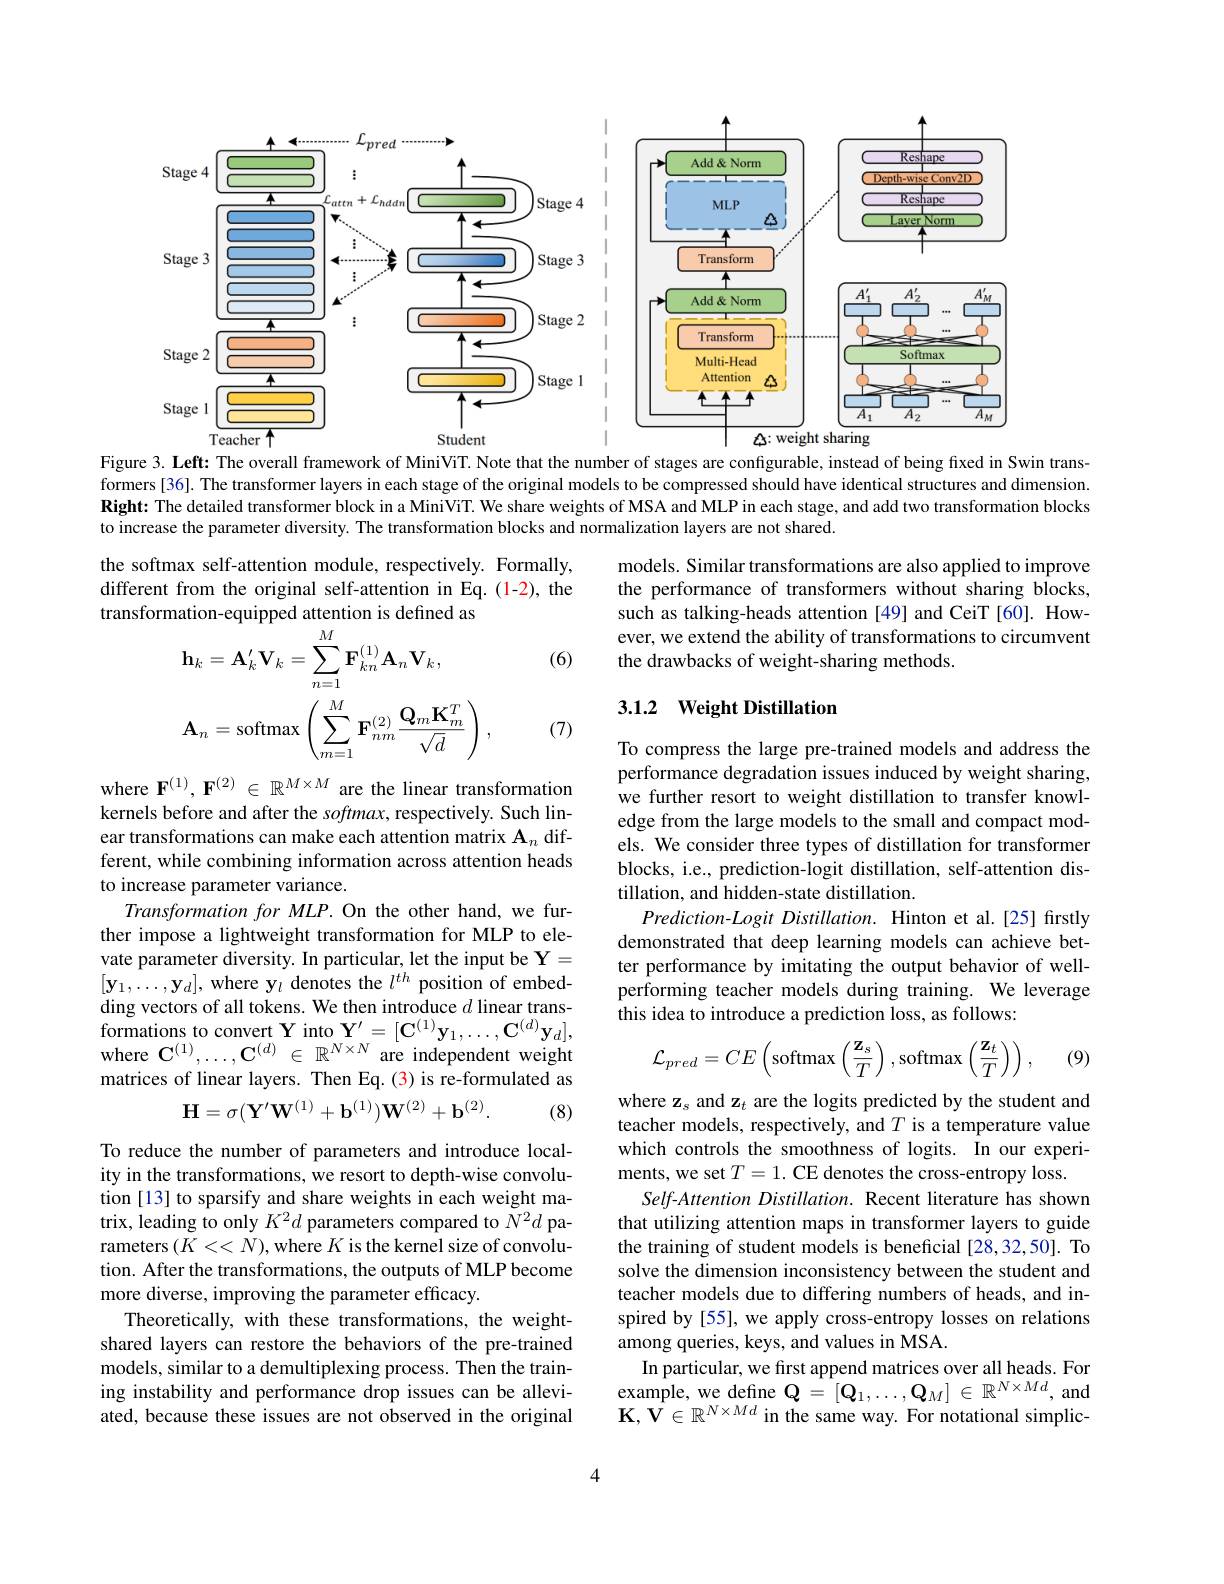
<FigureHere>
Figure 3. Left: The overall framework of MiniViT. Note that the number of stages are configurable, instead of being fixed in Swin trans-

formers[36]. The transformer layers in each stage of the original models to be compressed should have identical structures and dimension. Right: The detailed transformer block in a MiniViT. We share weights of MSA and MLP in each stage, and add two transformation blocks to increase the parameter diversity. The transformation blocks and normalization layers are not shared.

the softmax self-attention module, respectively. Formally, different from the original self-attention in Eq.(1-2), the transformation-equipped attention is defined as

models. Similar transformations are also applied to improve the performance of transformers without sharing blocks, such as talking-heads attention [49] and CeiT [60]. However, we extend the ability of transformations to circumvent the drawbacks of weight-sharing methods.

(6)
$$\begin{aligned}&\mathbf{h}_{k}=\mathbf{A}_{k}^{\prime}\mathbf{V}_{k}=\sum_{n=1}^{M}\mathbf{F}_{kn}^{(1)}\mathbf{A}_{n}\mathbf{V}_{k},\\&\mathbf{A}_{n}=\mathrm{softmax}\left(\sum_{m=1}^{M}\mathbf{F}_{nm}^{(2)}\frac{\mathbf{Q}_{m}\mathbf{K}_{m}^{T}}{\sqrt{d}}\right),\end{aligned}$$
### 3.1.2 Weight Distillation

(7)

To compress the large pre-trained models and address the performance degradation issues induced by weight sharing, we further resort to weight distillation to transfer knowledge from the large models to the small and compact models. We consider three types of distillation for transformer blocks, i.e., prediction-logit distillation, self-attention distillation, and hidden-state distillation.
Prediction-Logit Distillation. Hinton et al.[25] firstly demonstrated that deep learning models can achieve better performance by imitating the output behavior of wellperforming teacher models during training. We leverage this idea to introduce a prediction loss, as follows:

where $\mathbf{F}^{(1)},\mathbf{F}^{(2)}\in\mathbb{R}^{M\times M}$ are the linear transformation kernels before and after the s$oftmax$, respectively. Such linear transformations can make each attention matrix $\mathbf{A}_n$ different, while combining information across attention heads to increase parameter variance.
Transformation for MLP. On the other hand, we further impose a lightweight transformation for MLP to elevate parameter diversity. In particular, let the input be $\mathbf{Y}=$ $[\mathbf{y}_{1},\ldots,\mathbf{y}_{d}]$, where y$l$ denotes the $l^th$ position of embedding vectors of all tokens. We then introduce $d$ linear transformations to convert Y into $\mathbf{Y}^{\prime}=[\mathbf{C}^{(1)}\mathbf{y}_{1},\ldots,\mathbf{C}^{(d)}\mathbf{y}_{d}]$, where $\mathbf{C}^{(1)},\ldots,\mathbf{C}^{(d)}\in\mathbb{R}^{N\times N}$ are independent weight matrices of linear layers. Then Eq.(3) is re-formulated as
$$\mathbf{H}=\sigma(\mathbf{Y'W}^{(1)}+\mathbf{b}^{(1)})\mathbf{W}^{(2)}+\mathbf{b}^{(2)}.$$
(8)

(9)
$$\mathcal{L}_{pred}=CE\left(\mathrm{softmax}\left(\frac{\mathbf{z}_{s}}{T}\right),\mathrm{softmax}\left(\frac{\mathbf{z}_{t}}{T}\right)\right),$$
where z$_s$ and z$_t$ are the logits predicted by the student and teacher models, respectively, and $T$ is a temperature value which controls the smoothness of logits. In our experiments, we set $T=1.$ CE denotes the cross-entropy loss.
Self-Attention Distillation. Recent literature has shown that utilizing attention maps in transformer layers to guide the training of student models is beneficial [28,32,50]. To solve the dimension inconsistency between the student and teacher models due to differing numbers of heads, and inspired by[55], we apply cross-entropy losses on relations among queries, keys, and values in MSA.
In particular, we first append matrices over all heads. For $\begin{array}{l}{\mathrm{example,~we~define~}\mathbf{Q}=[\mathbf{Q}_{1},\ldots,\mathbf{Q}_{M}]\in\mathbb{R}^{N\times Md},\mathrm{~and}}\\{\mathbf{V}_{\mathbf{V}\subset\mathbb{T}_{N}\times M_{d}}:\mathrm{d}}\end{array}$ $\mathbf{K},\hat{\mathbf{V}}\in\mathbb{R}^{N\times Md}$ in the same way. For notational simplic-

To reduce the number of parameters and introduce locality in the transformations, we resort to depth-wise convolution [13] to sparsify and share weights in each weight matrix, leading to only $K^2d$ parameters compared to $\tilde{N}^2d$ parameters $(\dot{K}<<N)$, where $K$ is the kernel size of convolution. After the transformations, the outputs of MLP become more diverse, improving the parameter effcacy.
Theoretically, with these transformations, the weightshared layers can restore the behaviors of the pre-trained models, similar to a demultiplexing process. Then the training instability and performance drop issues can be alleviated, because these issues are not observed in the original